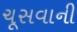
ચૂસવાની